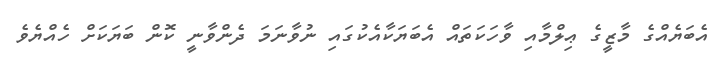
އެބަޔެއްގެ މާޒީގެ ޢިލްމާއި ވާހަކަތައް އެބަޔަކާއެކުގައި ނުވާނަމަ ދެންވާނީ ކޮން ބަޔަކަށް ހެއްޔެވެ